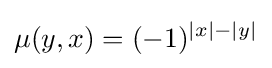
\mu (y,x)=(-1)^{|x|-|y|}